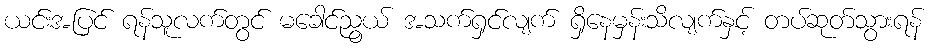
ယင်းအပြင် ရန်သူလက်တွင် မခေါင်ညွယ် အသက်ရှင်လျက် ရှိနေမှန်းသိလျက်နှင့် တပ်ဆုတ်သွားရန်